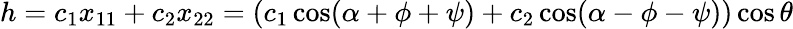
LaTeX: h=c_{1}x_{11}+c_{2}x_{22}=(c_{1}\cos(\alpha+\phi+\psi)+c_{2}\cos(\alpha-\phi-\psi))\cos\theta